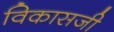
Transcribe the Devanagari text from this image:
विकासजी